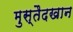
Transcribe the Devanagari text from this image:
मुस्तैदखान